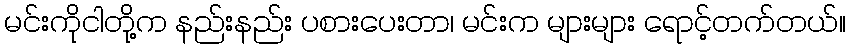
မင်းကိုငါတို့က နည်းနည်း ပစားပေးတာ၊ မင်းက များများ ရောင့်တက်တယ်။